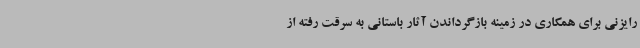
رایزنی برای همکاری در زمینه بازگرداندن آثار باستانی به سرقت رفته از